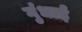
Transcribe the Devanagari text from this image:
गुंधाई